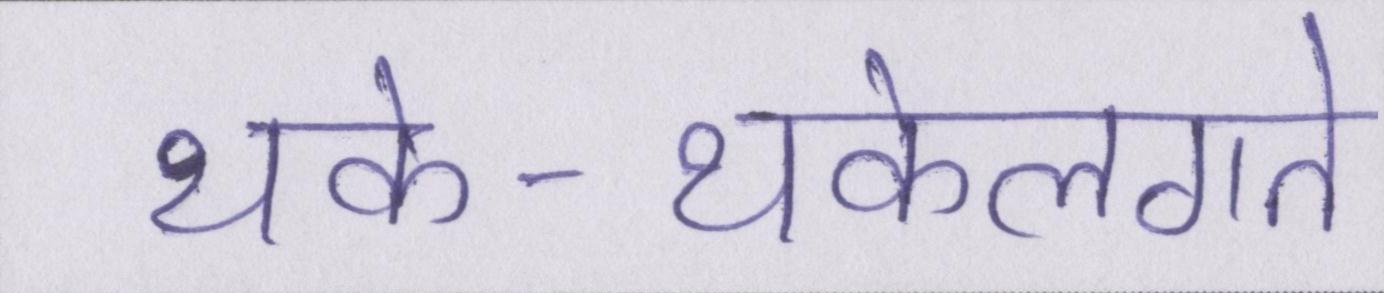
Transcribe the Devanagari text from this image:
थके-थकेलगते